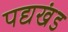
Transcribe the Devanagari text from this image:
पद्यखंड